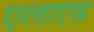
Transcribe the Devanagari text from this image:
एलाएड